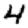
Digit: 4